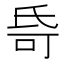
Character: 𬇌